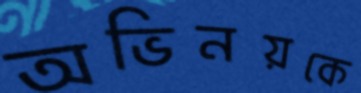
অভিনয়কে